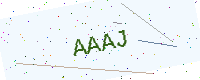
Text: AAAJ